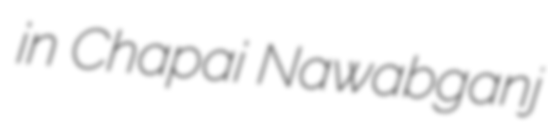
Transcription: in Chapai Nawabganj